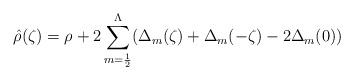
LaTeX: \begin{align*}\hat{\rho}(\zeta) = \rho + 2 \sum_{m={1\over2}}^\Lambda (\Delta_m(\zeta) + \Delta_m(-\zeta) - 2 \Delta_m(0) )\end{align*}